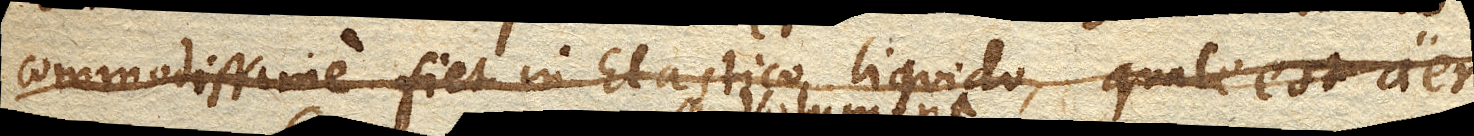
commodissime fiet in Elastico liquido, quale est aer